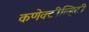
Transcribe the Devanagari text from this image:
कणेक्टीव्हिटी